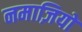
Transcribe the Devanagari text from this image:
नमाज़ियों